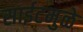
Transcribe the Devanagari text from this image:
साईटमुळे